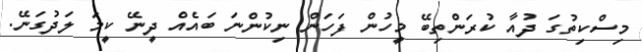
މިސްކިތުގަ ދުއާ ކުރަންތިބޭ މީހުން ފަހަން ނިކުންނަ ބައެއް ދީނޭ ކީމަ ލަދުގަނޭ.